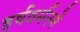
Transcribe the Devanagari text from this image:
हर्षवर्मनने